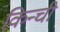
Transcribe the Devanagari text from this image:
किन्ची